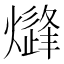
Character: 𱬢